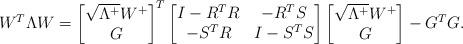
LaTeX: \begin{align*} W^T \Lambda W =\begin{bmatrix}\sqrt{\Lambda^+} W^+ \\G\end{bmatrix}^T\begin{bmatrix}I- R^T R & - R^T S \\-S^T R & I-S^T S\end{bmatrix}\begin{bmatrix}\sqrt{\Lambda^+} W^+ \\G\end{bmatrix} - G^T G. \end{align*}